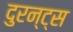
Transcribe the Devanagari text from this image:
दुरन्ट्स